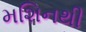
મશિનથી